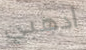
اذهبي